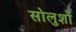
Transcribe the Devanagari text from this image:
सोलुशों